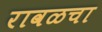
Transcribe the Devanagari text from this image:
रावळचा